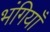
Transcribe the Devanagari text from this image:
भंगियाँ